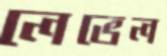
লেভেল